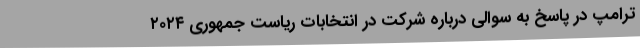
ترامپ در پاسخ به سوالی درباره شرکت در انتخابات ریاست جمهوری ۲۰۲۴